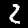
Label: 2